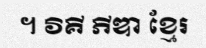
។ វិគី ភីឌា ខ្មែរ